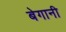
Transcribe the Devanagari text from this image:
बेगानी